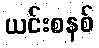
ယင်းစနစ်